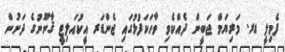
ފެމިލީ ޑރ. މަރިޔަމް ޖަބީން ދެއްކެވި ވާހަކަފުޅުގައި ޖެންޑަރ އީކުއަލިޓީ ޤާނޫނުގެ ދަށުން